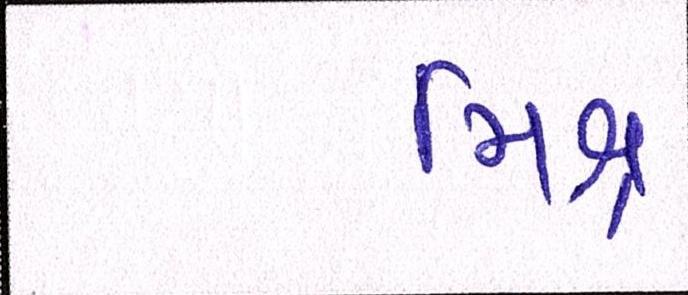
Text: મિશ્ર